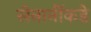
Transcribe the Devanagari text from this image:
सेनानींकडे